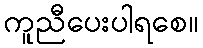
ကူညီပေးပါရစေ။